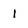
Character: 1